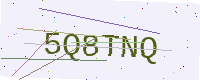
Text: 5Q8TNQ